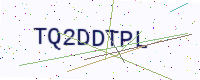
Text: TQ2DDTPL